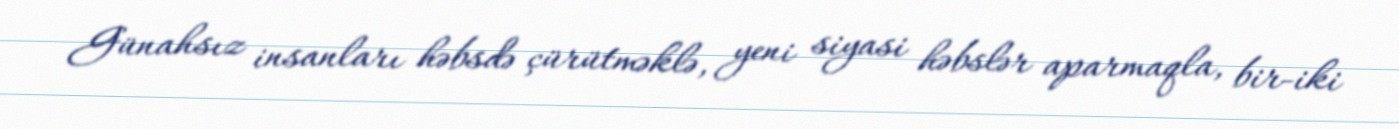
Günahsız insanları həbsdə çürütməklə, yeni siyasi həbslər aparmaqla, bir-iki